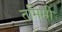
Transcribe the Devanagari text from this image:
तमिमी